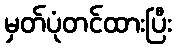
မှတ်ပုံတင်ထားပြီး